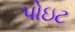
પોઇટ